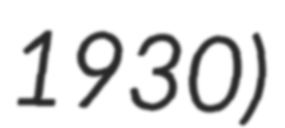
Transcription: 1930)